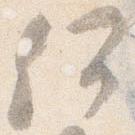
何